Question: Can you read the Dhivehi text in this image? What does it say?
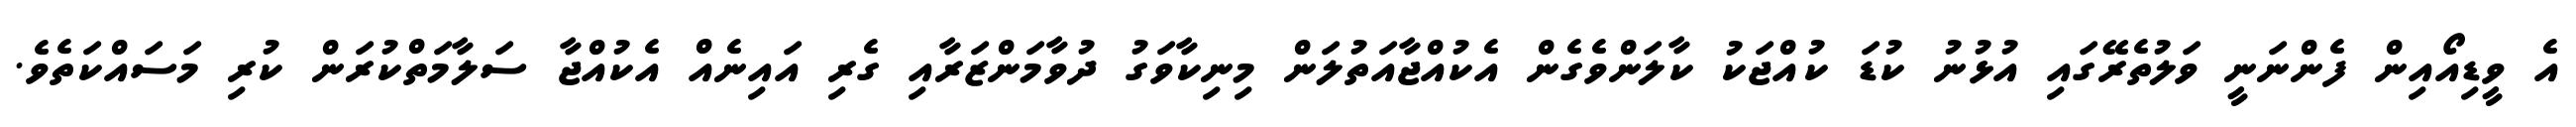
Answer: އެ ވީޑިއޯއިން ފެންނަނީ ވަލުތެރޭގައި އުޅުނު ކުޑަ ކުއްޖަކު ކާލަންވެގެން އެކުއްޖާއަތުލަން މިނިކާވަގު ދުވާމަންޒަރާއި ގެރި އައިނެއް އެކުއްޖާ ސަލާމަތްކުރަން ކުރި މަސައްކަތެވެ.